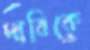
দাবিকে